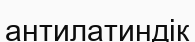
антилатиндік